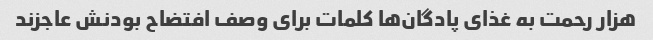
هزار رحمت به غذای پادگان‌ها کلمات برای وصف افتضاح بودنش عاجزند